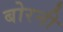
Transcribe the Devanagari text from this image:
बोरनी